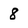
Character: 8